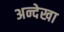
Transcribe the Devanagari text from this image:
अन्देखा